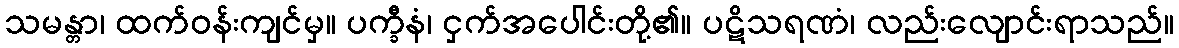
သမန္တာ၊ ထက်ဝန်းကျင်မှ။ ပက္ခီနံ၊ ငှက်အပေါင်းတို့၏။ ပဋိသရဏံ၊ လည်းလျောင်းရာသည်။